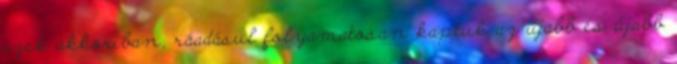
ezek akkoriban, ráadásul folyamatosan kaptuk az újabb és újabb